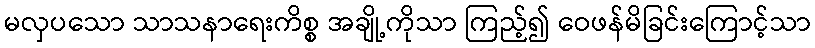
မလှပသော သာသနာရေးကိစ္စ အချို့ကိုသာ ကြည့်၍ ဝေဖန်မိခြင်းကြောင့်သာ